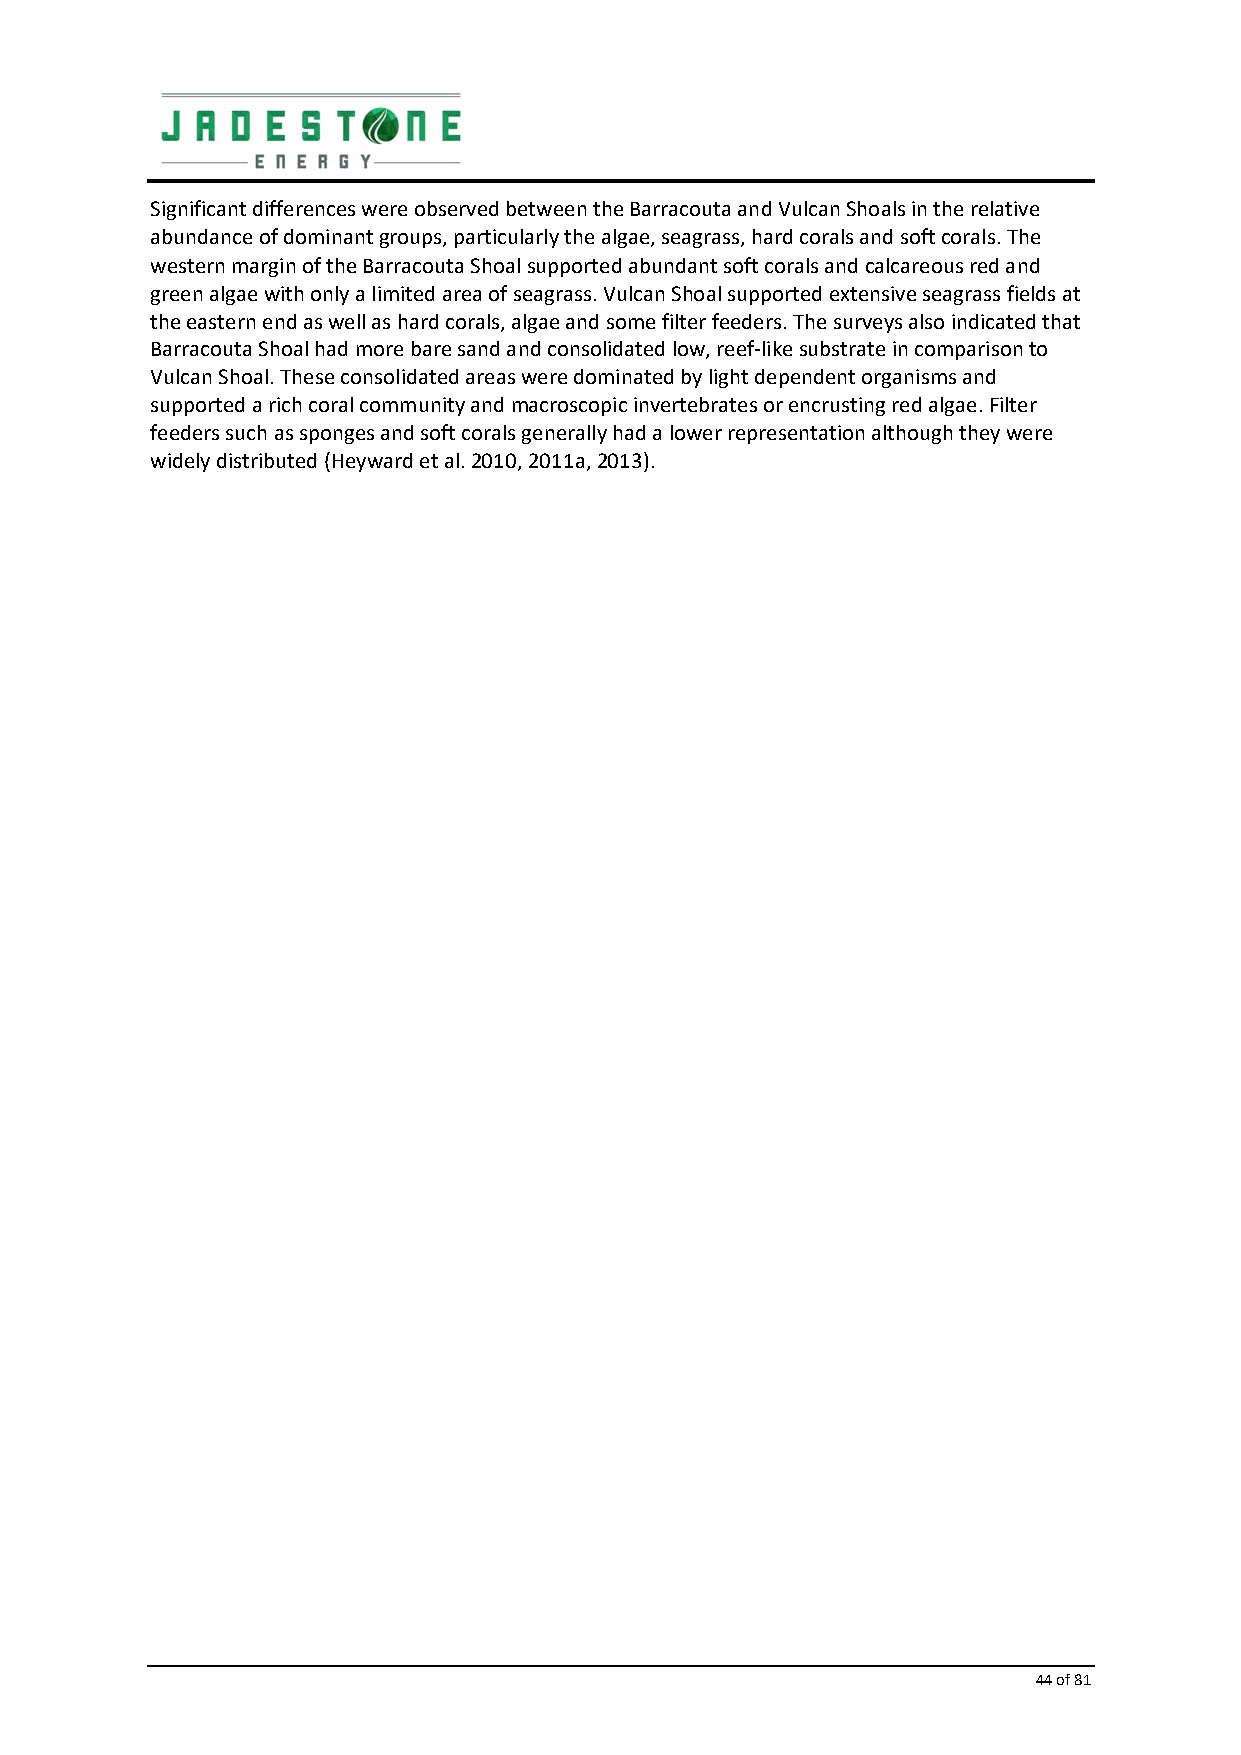
Significant differences were observed between the Barracouta and Vulcan Shoals in the relative
 abundance of dominant groups, particularly the algae, seagrass, hard corals and soft corals. The
 western margin of the Barracouta Shoal supported abundant soft corals and calcareous red and
 green algae with only a limited area of seagrass. Vulcan Shoal supported extensive seagrass fields at
 the eastern end as well as hard corals, algae and some filter feeders. The surveys also indicated that
 Barracouta Shoal had more bare sand and consolidated low, reef‐like substrate in comparison to
 Vulcan Shoal. These consolidated areas were dominated by light dependent organisms and
 supported a rich coral community and macroscopic invertebrates or encrusting red algae. Filter
 feeders such as sponges and soft corals generally had a lower representation although they were
 widely distributed (Heyward et al. 2010, 2011a, 2013).
 44 of 81